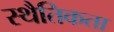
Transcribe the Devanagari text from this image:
स्थैतिकता